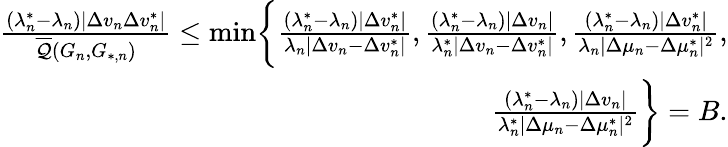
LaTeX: \begin{array}{r}{\frac{(\lambda_{n}^{*}-\lambda_{n})|\Delta v_{n}\Delta v_{n}^{*}|}{\overline{{\mathcal{Q}}}(G_{n},G_{*,n})}\leq\operatorname*{min}\biggr\{ \frac{(\lambda_{n}^{*}-\lambda_{n})|\Delta v_{n}^{*}|}{\lambda_{n}|\Delta v_{n}-\Delta v_{n}^{*}|},\frac{(\lambda_{n}^{*}-\lambda_{n})|\Delta v_{n}|}{\lambda_{n}^{*}|\Delta v_{n}-\Delta v_{n}^{*}|},\frac{(\lambda_{n}^{*}-\lambda_{n})|\Delta v_{n}^{*}|}{\lambda_{n}|\Delta\mu_{n}-\Delta\mu_{n}^{*}|^{2}},}\\ {\frac{(\lambda_{n}^{*}-\lambda_{n})|\Delta v_{n}|}{\lambda_{n}^{*}|\Delta\mu_{n}-\Delta\mu_{n}^{*}|^{2}}\biggr\} =B.}\end{array}